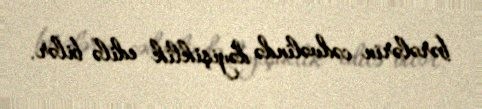
bərələrin cədvəlində dəyişiklik edilə bilər.